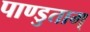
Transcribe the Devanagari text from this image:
पाण्डुताम्‌